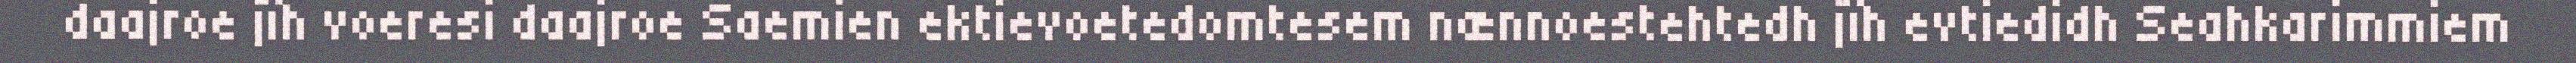
daajroe jïh voeresi daajroe Saemien ektievoetedomtesem nænnoestehtedh jïh evtiedidh Seahkarimmiem